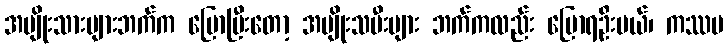
အမျိုးသားများဘက်က ပြောပြီးတော့ အမျိုးသမီးများ ဘက်ကလည်း ပြောရဦးမယ်၊ ကဿပ